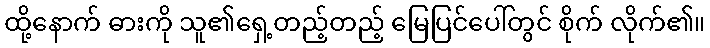
ထို့နောက် ဓားကို သူ၏ရှေ့တည့်တည့် မြေပြင်ပေါ်တွင် စိုက် လိုက်၏။